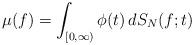
LaTeX: \begin{align*}\mu(f)=\int_{[0,\infty)}\phi(t)\,dS_N(f;t)\end{align*}